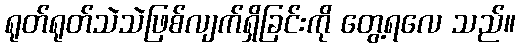
ရုတ်ရုတ်သဲသဲဖြစ်လျက်ရှိခြင်းကို တွေ့ရလေ သည်။